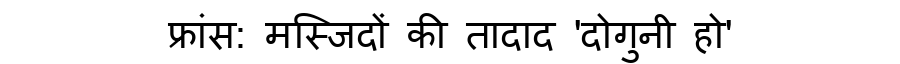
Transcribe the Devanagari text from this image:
फ्रांस: मस्जिदों की तादाद 'दोगुनी हो'